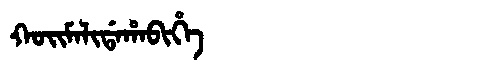
Manchu: ᡴᠣᡳᠮᠠᠯᡳᡩᠠᡥᠠᠪᡳᡥᡝ
Romanization: KOIMALIDAHABIHE